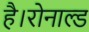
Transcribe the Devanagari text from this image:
है।रोनाल्ड